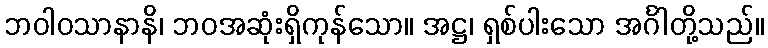
ဘဝါဝသာနာနိ၊ ဘဝအဆုံးရှိကုန်သော။ အဋ္ဌ၊ ရှစ်ပါးသော အင်္ဂါတို့သည်။